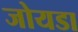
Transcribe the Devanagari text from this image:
जोयडा